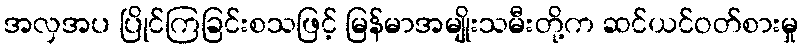
အလှအပ ပြိုင်ကြခြင်းစသဖြင့် မြန်မာအမျိုးသမီးတို့က ဆင်ယင်ဝတ်စားမှု